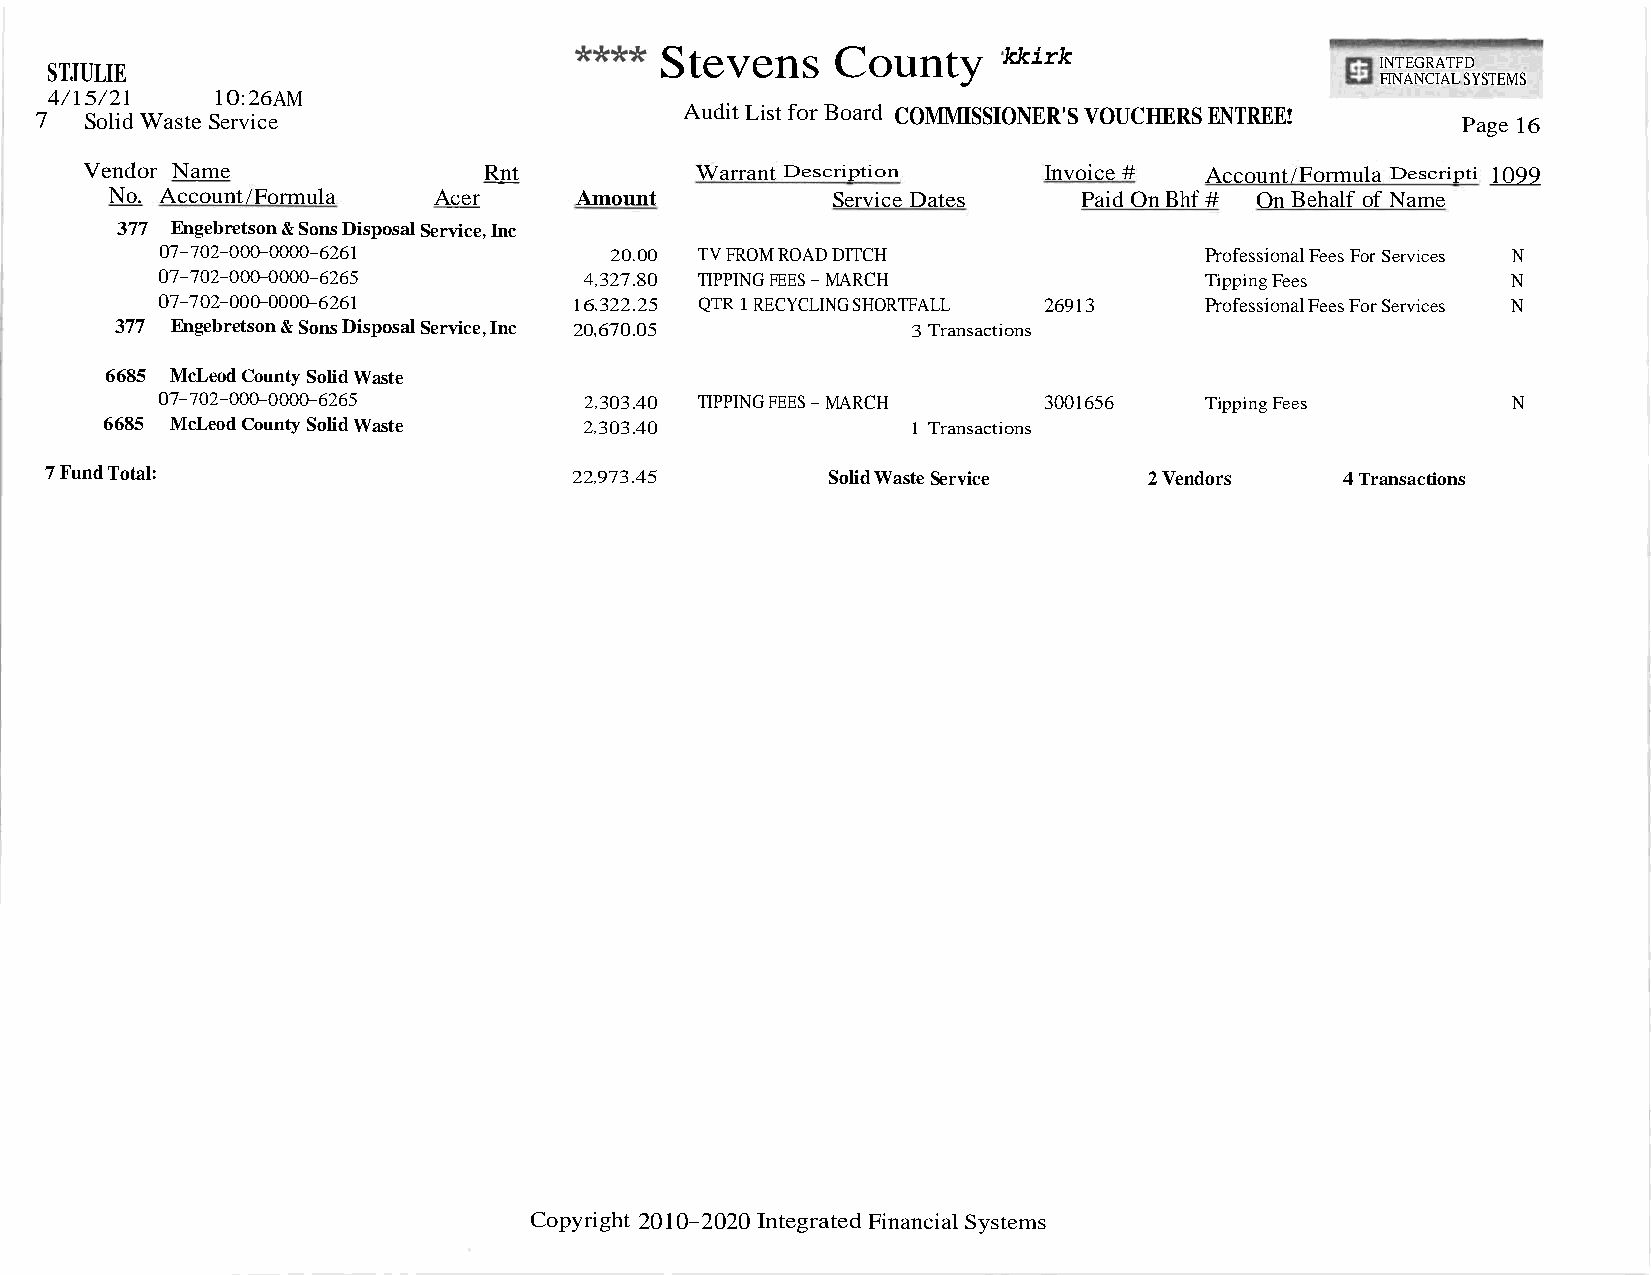
Stevens    County     kkirk
 STJULIE                                                                                 INTEGRATFD
 FINANCIALSYSTEMS
 4/15/21    10:26AM
 7   SolidWasteService                      Audit ListforBoard COMMISSIONER'SVOUCHERSENTREE!    Page16
 Vendor Name               Rnt           Warrant Description    Invoice #  Account/Formula Descripti 1099
 No. Account/Formula   Acer     Amount           Service Dates    PaidOnBhf # OnBehalf of Name
 377 Engebretson&SonsDisposalService,Inc
 07-702-000-0000-6261         20.00 TVFROMROADDITCH                   ProfessionalFeesForServices N
 07-702-000-0000-6265         4,327.80 TIPPINGFEES-MARCH               TippingFees         N
 07-702-000-0000-6261        16,322.25 QTR1RECYCLINGSHORTFALL 26913    ProfessionalFeesForServices N
 377 Engebretson&SonsDisposalService,Inc 20,670.05   3Transactions
 6685 McLeodCountySolidWaste
 07-702-000-0000-6265         2,303.40 TIPPINGFEES-MARCH    3001656    TippingFees         N
 6685 McLeodCountySolidWaste     2,303.40             1 Transactions
 7FundTotal:                        22,973.45        SolidWasteService    2Vendors     4Transactions
 Copyright 2010-2020IntegratedFinancialSystems